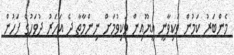
މެންބަރު ކަމުން ވަކިވާނީ އީޔޫއިން ވަކިވުމަށް ނިންމާތާ ދެ އަހަރު ދުވަހުގެ ފަހުން